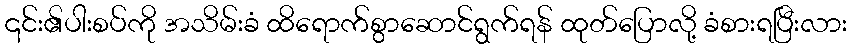
၎င်း၏ပါးစပ်ကို အသိမ်းခံ ထိရောက်စွာဆောင်ရွက်ရန် ထုတ်ပြောလို့ ခံစားရပြီးလား